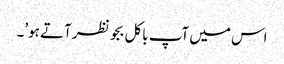
اس میں آپ باکل بجو نظر آتے ہو’۔